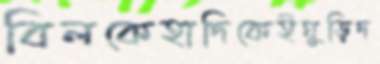
বিলকেহাদিকেইঘুড়িদ